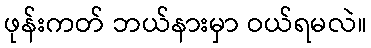
ဖုန်းကတ် ဘယ်နားမှာ ဝယ်ရမလဲ။